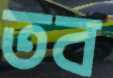
তব